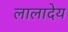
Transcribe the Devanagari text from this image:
लालादेय